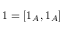
1 = [ 1 _ { A } , 1 _ { A } ]